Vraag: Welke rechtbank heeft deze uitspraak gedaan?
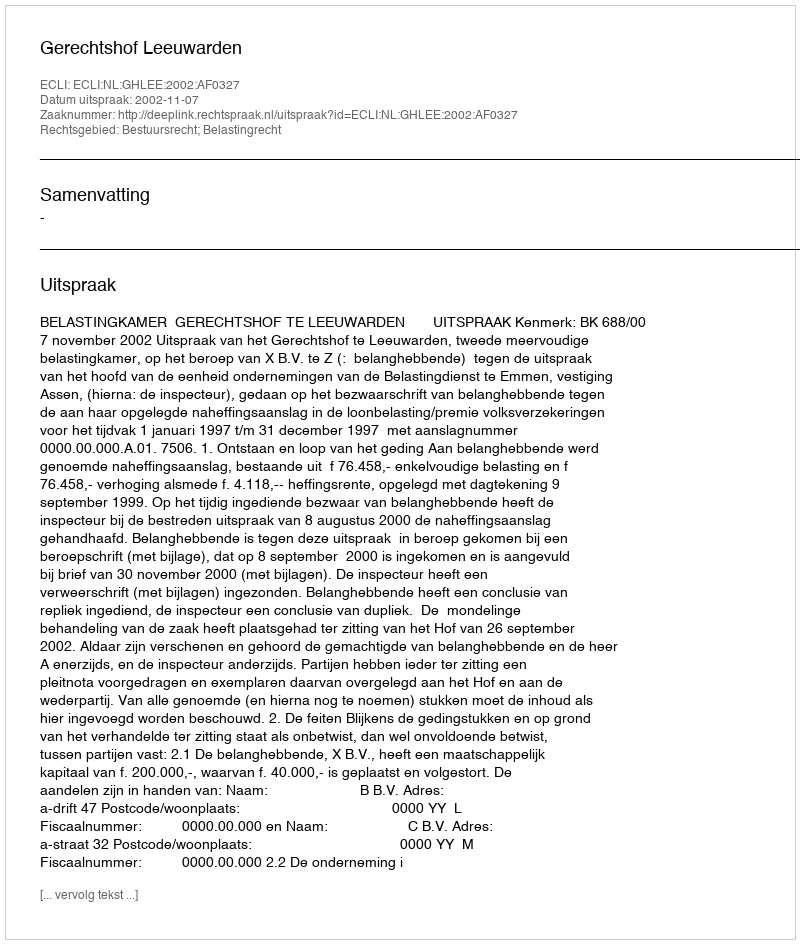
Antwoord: Gerechtshof Leeuwarden